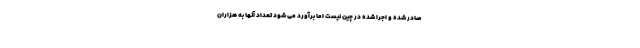
صادر شده و اجرا شده در چین نیست اما برآورد می شود تعداد آنها به هزاران